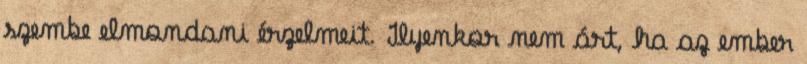
szembe elmondani érzelmeit. Ilyenkor nem árt, ha az ember